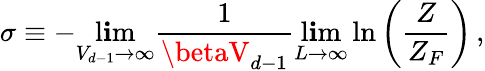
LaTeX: \sigma\equiv-\operatorname*{l\mathbf{i}m}_{V_{d-1}\to\infty}\frac{{1}}{{\betaV_{d-1}}}\operatorname*{l\mathbf{i}m}_{L\to\infty}\ln\left(\frac{{Z}}{{Z_{F}}}\right)\, ,